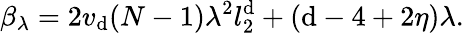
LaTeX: \beta_{\lambda}=2v_{\mathrm{d}}(N-1)\lambda^{2}l_{2}^{\mathrm{d}}+(\mathrm{d}-4+2\eta)\lambda.